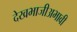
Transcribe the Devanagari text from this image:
देखभाजीअभावी